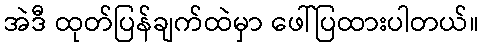
အဲဒီ ထုတ်ပြန်ချက်ထဲမှာ ဖေါ်ပြထားပါတယ်။